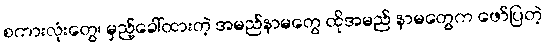
စကားလုံးတွေ၊ မှည့်ခေါ်ထားတဲ့ အမည်နာမတွေ ထိုအမည် နာမတွေက ဖော်ပြတဲ့